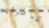
كامرأة